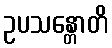
ဥပသန္တောတိ